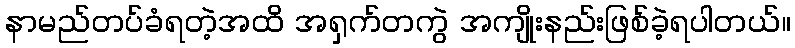
နာမည်တပ်ခံရတဲ့အထိ အရှက်တကွဲ အကျိုးနည်းဖြစ်ခဲ့ရပါတယ်။